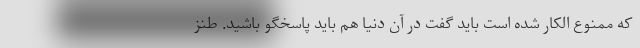
که ممنوع الکار شده است باید گفت در آن دنیا هم باید پاسخگو باشید. طنز